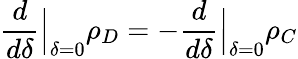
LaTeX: \frac{d}{d\delta}\Big\vert_{\delta=0}\rho_{D}=-\frac{d}{d\delta}\Big\vert_{\delta=0}\rho_{C}